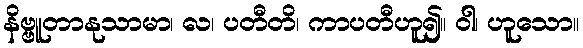
နိဗ္ဗူတာနုသာမာ၊ လ၊ ပတီတိ၊ ကာပတီဟူ၍။ ဝါ၊ ဟူသော။